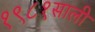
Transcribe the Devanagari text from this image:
१९८१साली